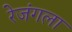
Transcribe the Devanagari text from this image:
रेजंगला